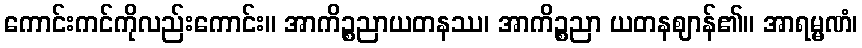
ကောင်းကင်ကိုလည်းကောင်း။ အာကိဉ္စညာယတနဿ၊ အာကိဉ္စညာ ယတနဈာန်၏။ အာရမ္မဏံ၊